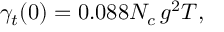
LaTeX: \gamma _ { t } ( 0 ) = 0 . 0 8 8 N _ { c } \, g ^ { 2 } T ,